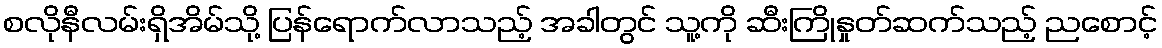
စလိုနီလမ်းရှိအိမ်သို့ ပြန်ရောက်လာသည့် အခါတွင် သူ့ကို ဆီးကြိုနှုတ်ဆက်သည့် ညစောင့်